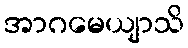
အာဂမေယျာသိ